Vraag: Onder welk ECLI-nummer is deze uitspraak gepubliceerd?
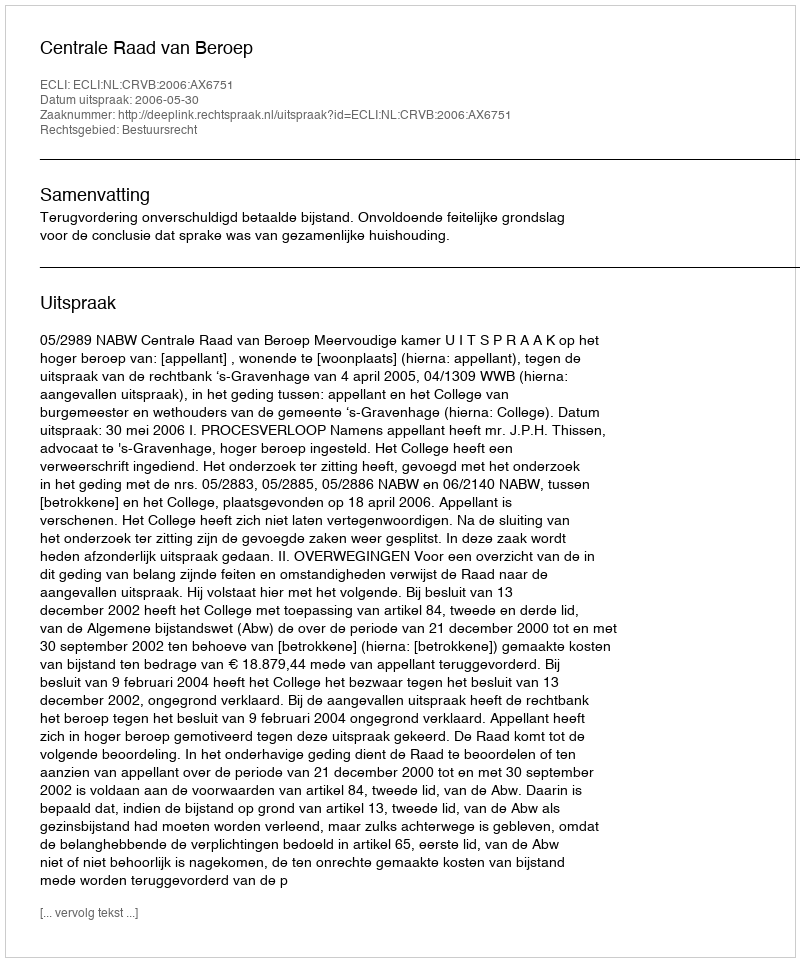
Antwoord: ECLI:NL:CRVB:2006:AX6751